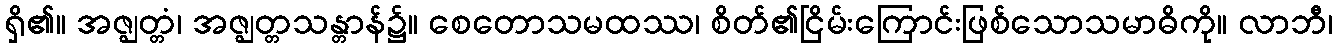
ရှိ၏။ အဇ္ဈတ္တံ၊ အဇ္ဈတ္တသန္တာန်၌။ စေတောသမထဿ၊ စိတ်၏ငြိမ်းကြောင်းဖြစ်သောသမာဓိကို။ လာဘီ၊